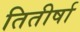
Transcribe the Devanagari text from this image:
तितीर्षा